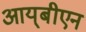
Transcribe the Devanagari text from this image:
आय्‌बीएन